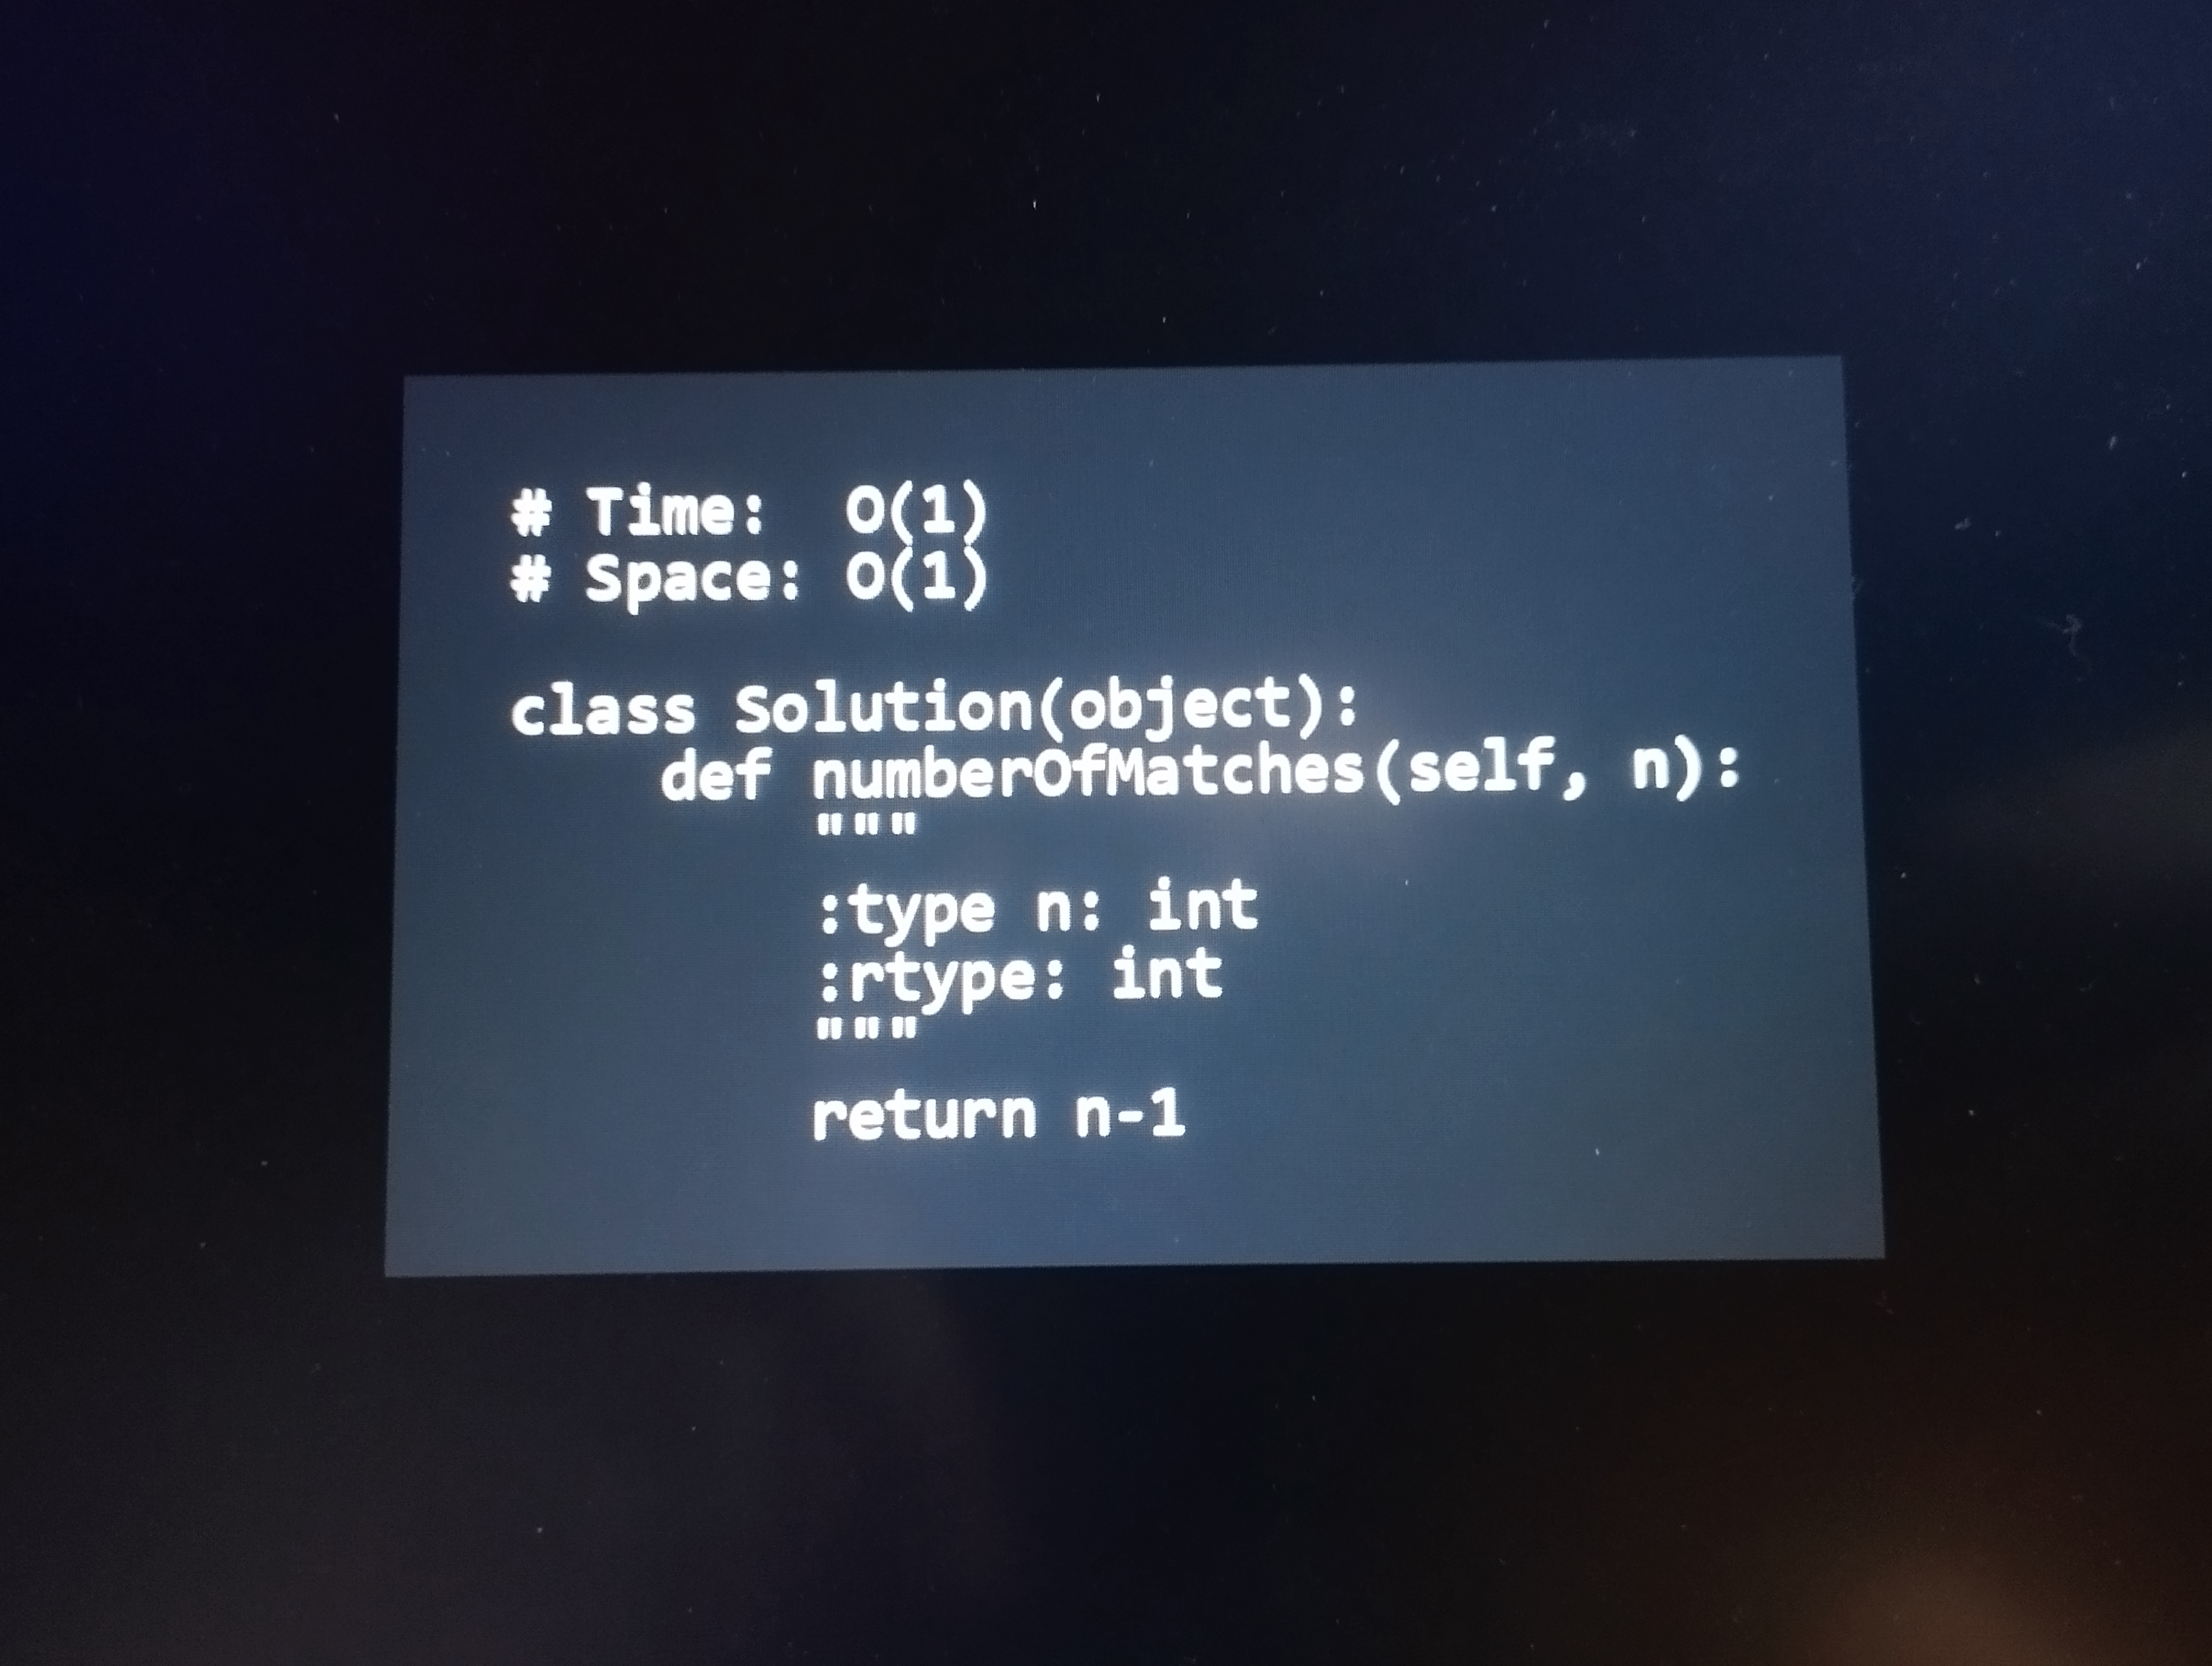
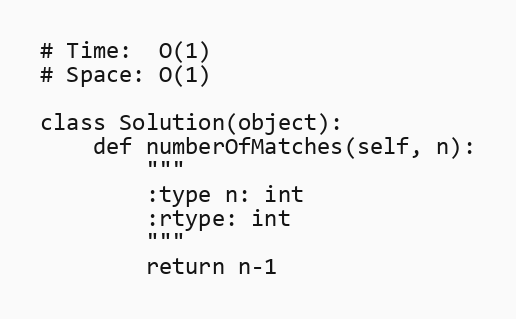
# Time:  O(1)
# Space: O(1)

class Solution(object):
    def numberOfMatches(self, n):
        """
        :type n: int
        :rtype: int
        """
        return n-1